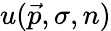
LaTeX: u({\vec{p}},\sigma,n)